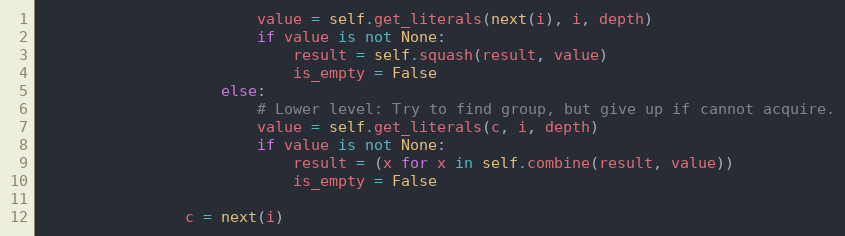
Language: Python
                        value = self.get_literals(next(i), i, depth)
                        if value is not None:
                            result = self.squash(result, value)
                            is_empty = False
                    else:
                        # Lower level: Try to find group, but give up if cannot acquire.
                        value = self.get_literals(c, i, depth)
                        if value is not None:
                            result = (x for x in self.combine(result, value))
                            is_empty = False

                c = next(i)